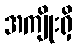
အကျိုးရှိ